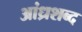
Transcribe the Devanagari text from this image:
आंध्रशब्द